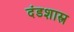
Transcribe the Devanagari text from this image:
दंडशास्त्र